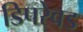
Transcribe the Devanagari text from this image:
डिपरेवड